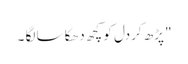
" پڑھ کردل کو کچھ دھکا سا لگا ۔